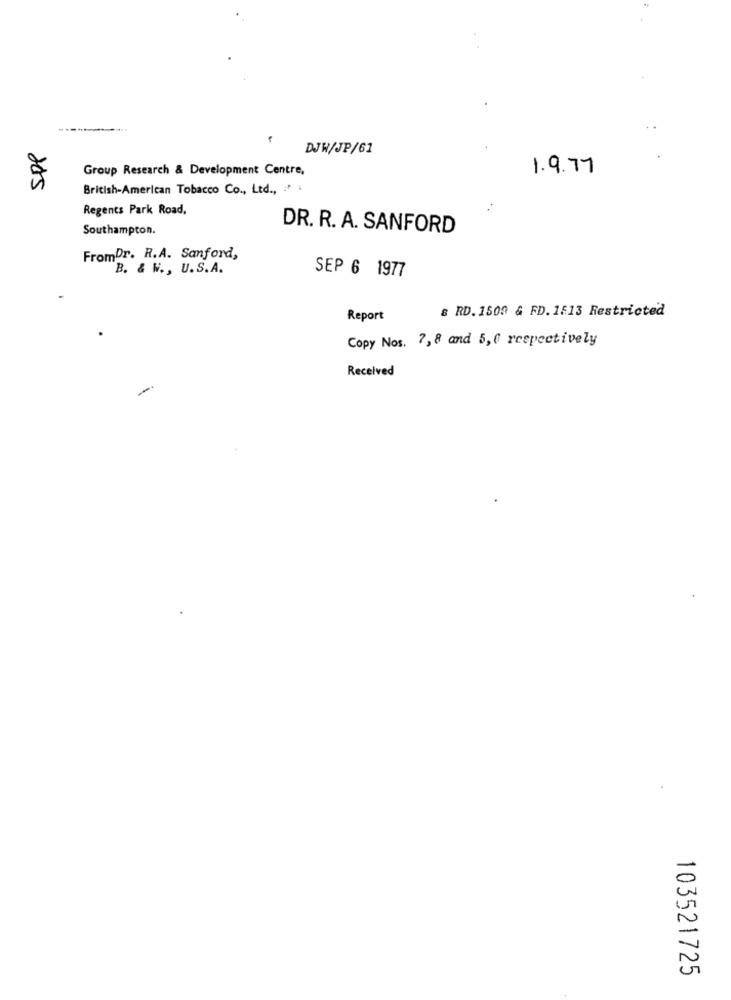
DJW/JP/61
Group Research & Development Centre,
1.9.77
British-American Tobacco Co ., Ltd ., /* .
Regents Park Road.
Southampton.
DR. R. A. SANFORD
FromDr. R.A. Sanford,
B. & W ., U.S.A.
SEP 6 1977
& RD. 1509 & FD. 1513 Restricted
Report
Copy Nos. 7, 8 and 5,6 respectively
Received
103521725